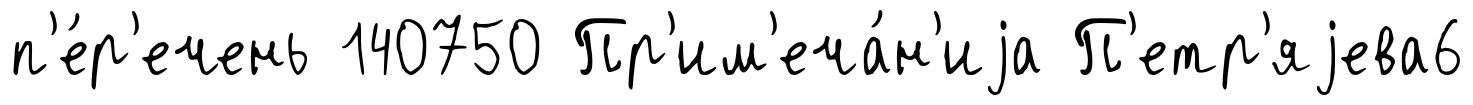
п'е́р'ечень 140750 Пр'им'еча́н'иjа П'етр'яjева6